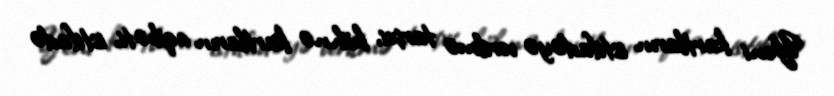
Yeni kartların istifadəyə verilmə tarixi, köhnə kartların aqibəti, istifadə